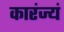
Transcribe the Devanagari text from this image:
कारंज्यं